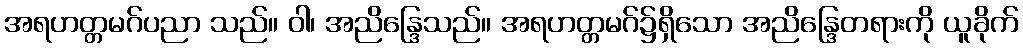
အရဟတ္တမဂ်ပညာ သည်။ ဝါ၊ အညိန္ဒြေသည်။ အရဟတ္တမဂ်၌ရှိသော အညိန္ဒြေတရားကို ယူခိုက်